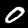
Digit: 0